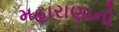
મહારાણાનો